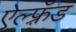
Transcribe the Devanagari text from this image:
ऐल्फ़्रॅड